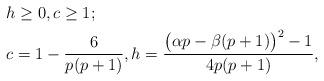
LaTeX: \begin{align*}&\,\, h\ge 0,c\ge 1;\\\!\!\!\!\!\!\!\!\!\!&\,\,c=1-\frac 6{p(p+1)},h=\frac{\bigl(\alpha p-\beta(p+1)\bigr)^2-1}{4p(p+1)},\end{align*}